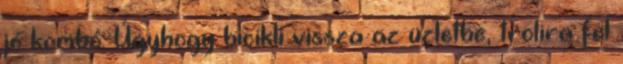
jó kombó. Úgyhogy bicikli vissza az üzletbe, trolira fel